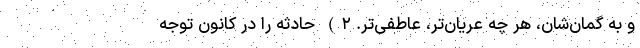
و به گمان‌شان، هر چه عریان‌تر، عاطفی‌تر. ۲) حادثه را در کانونِ توجه